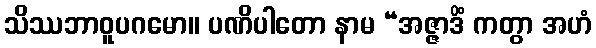
သိဿဘာဝူပဂမော။ ပဏိပါတော နာမ “အဇ္ဇာဒိံ ကတွာ အဟံ